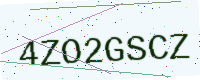
Text: 4ZO2GSCZ